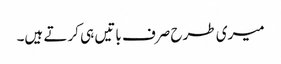
میری طرح صرف باتیں ہی کرتے ہیں۔